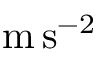
\mathrm { m } \, \mathrm { s } ^ { - 2 }